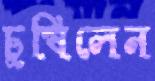
চুষিলেন